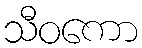
သီဝကော